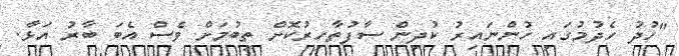
"ހުދު ހެދުމުގައި ހުންނައިރު ކުދިން ސާފުތާހިރުކޮށް ތިބުމަށް ވެސް އެބަ ބާރު އަޅާ.